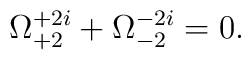
\Omega^{+2i}_{+2}+\Omega^{-2i}_{-2}=0.